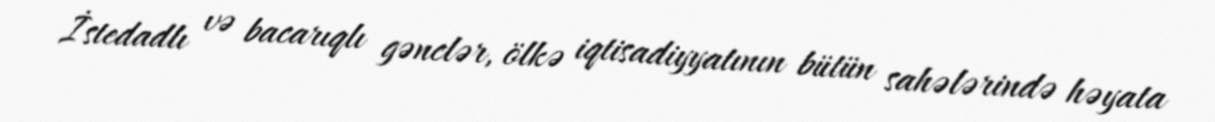
İstedadlı və bacarıqlı gənclər, ölkə iqtisadiyyatının bütün sahələrində həyata